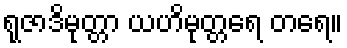
ရုဇာဒိမုတ္တာ ယဟိမုတ္တရေ တရေ။